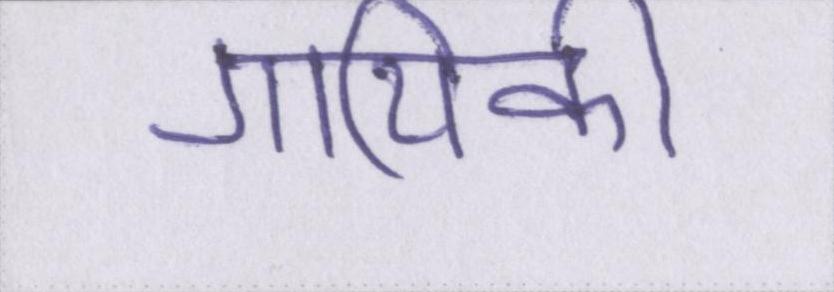
गायिकी